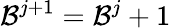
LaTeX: \mathcal{B}^{j+1}=\mathcal{B}^{j}+1